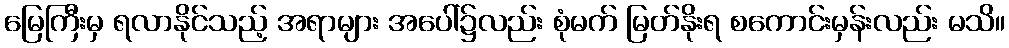
မြေကြီးမှ ရလာနိုင်သည့် အရာများ အပေါ်၌လည်း စုံမက် မြတ်နိုးရ စကောင်းမှန်းလည်း မသိ။